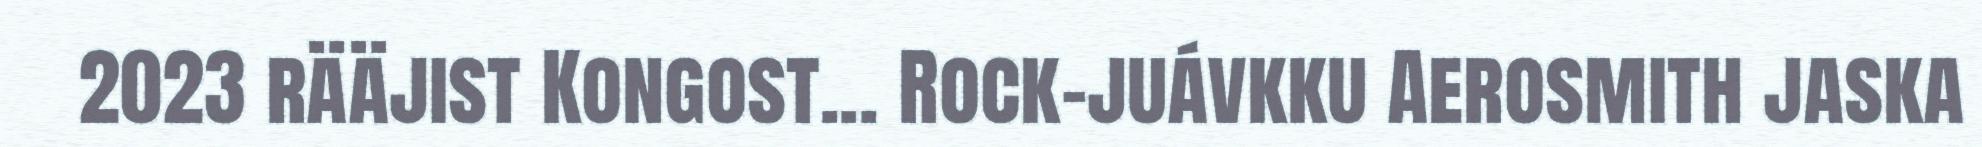
2023 rääjist Kongost... Rock-juávkku Aerosmith jaska